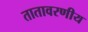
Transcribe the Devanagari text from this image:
तातावरणीय